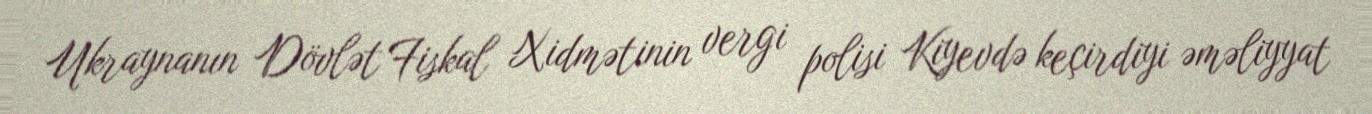
Ukraynanın Dövlət Fiskal Xidmətinin vergi polisi Kiyevdə keçirdiyi əməliyyat